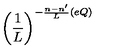
\left( \frac { 1 } { L } \right) ^ { - \frac { n - n ^ { \prime } } { L } ( e Q ) }